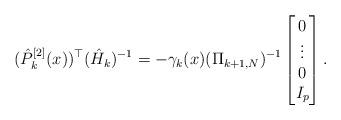
LaTeX: \begin{align*}(\hat P_{k}^{[2]}(x))^\top(\hat H_k)^{-1}=-\gamma_k(x)(\Pi_{k+1,N})^{-1}\begin{bmatrix}0\\\vdots\\0\\I_p\end{bmatrix}.\end{align*}